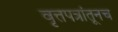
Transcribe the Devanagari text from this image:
वृत्तपत्रांतूनच